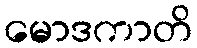
မောဒကာတိ